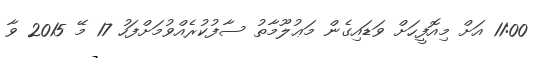
11:00 އަށް މިއޮފީހަށް ވަޑައިގެން މަޢުލޫމާތު ސާފުކުރެއްވުމަށްފަހު 17 މޭ 2015 ވާ